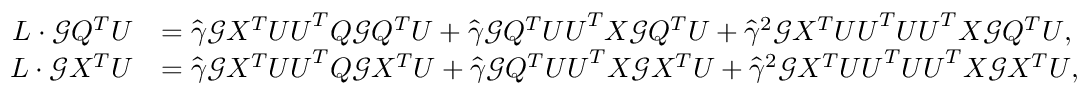
\begin{array} { r l } { L \cdot { \mathcal G } Q ^ { T } { \boldsymbol U } } & { = \widehat \gamma { \mathcal G } X ^ { T } { \boldsymbol U } { \boldsymbol U } ^ { T } Q { \mathcal G } Q ^ { T } { \boldsymbol U } + \widehat \gamma { \mathcal G } Q ^ { T } { \boldsymbol U } { \boldsymbol U } ^ { T } X { \mathcal G } Q ^ { T } { \boldsymbol U } + \widehat \gamma ^ { 2 } { \mathcal G } X ^ { T } { \boldsymbol U } { \boldsymbol U } ^ { T } { \boldsymbol U } { \boldsymbol U } ^ { T } X { \mathcal G } Q ^ { T } { \boldsymbol U } , } \\ { L \cdot { \mathcal G } X ^ { T } { \boldsymbol U } } & { = \widehat \gamma { \mathcal G } X ^ { T } { \boldsymbol U } { \boldsymbol U } ^ { T } Q { \mathcal G } X ^ { T } { \boldsymbol U } + \widehat \gamma { \mathcal G } Q ^ { T } { \boldsymbol U } { \boldsymbol U } ^ { T } X { \mathcal G } X ^ { T } { \boldsymbol U } + \widehat \gamma ^ { 2 } { \mathcal G } X ^ { T } { \boldsymbol U } { \boldsymbol U } ^ { T } { \boldsymbol U } { \boldsymbol U } ^ { T } X { \mathcal G } X ^ { T } { \boldsymbol U } , } \end{array}